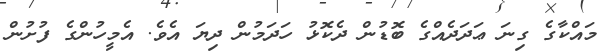
މައްކާގެ ގިނަ ޢަދަދެއްގެ ބޮޑުން ދެކޮޅު ހަދަމުން ދިޔަ އެވެ. އެމީހުންގެ ފުށުން